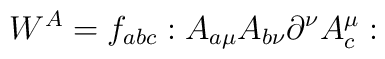
W^{A}=f_{abc}:A_{a\mu }A_{b\nu }\partial ^{\nu }A_{c}^{\mu }: